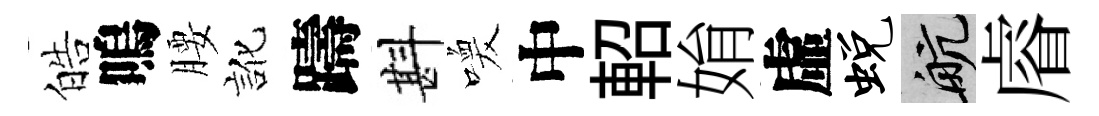
皓嗚腰訛躊斟喚中軺姢虛蜕航𥈠